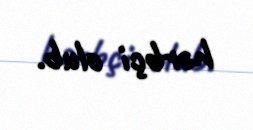
hərbçi olub.